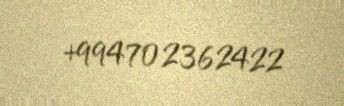
+994702362422